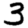
Digit: 3